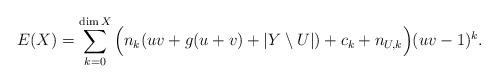
LaTeX: \begin{align*} E(X) = \sum_{k=0}^{\dim X} \Big(n_{k}(uv+g(u+v)+ |Y\setminus U|) + c_k + n_{U,k}\Big) (uv-1)^{k}.\end{align*}